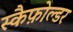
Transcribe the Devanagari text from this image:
स्कैफ़ोल्डर